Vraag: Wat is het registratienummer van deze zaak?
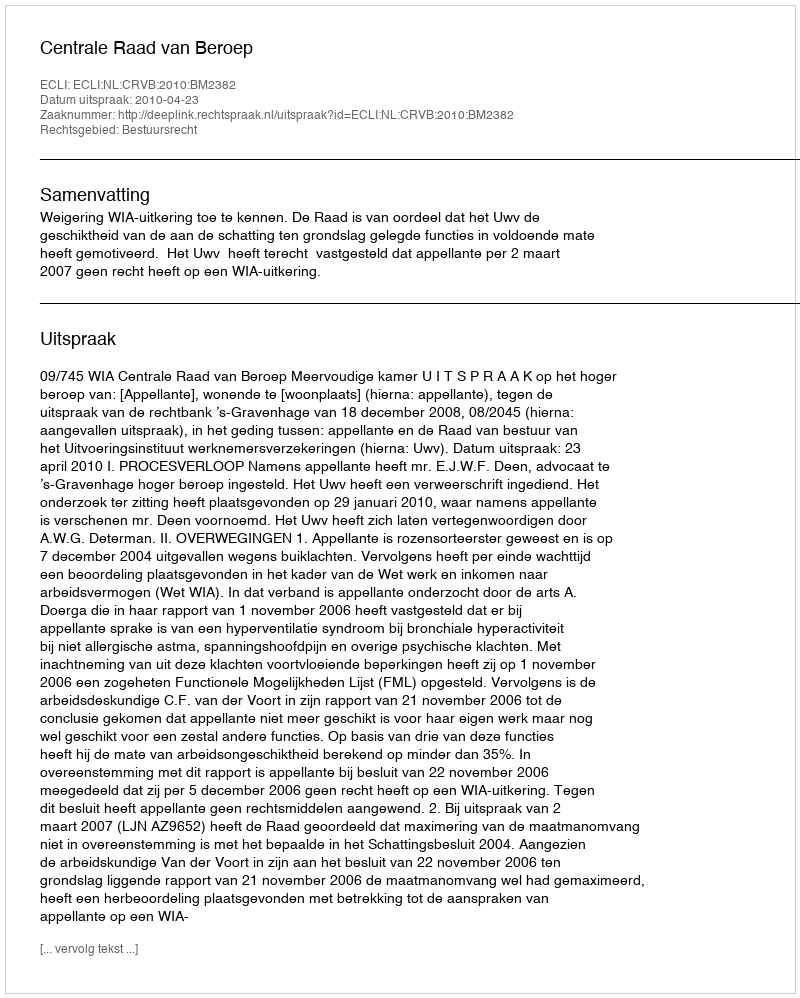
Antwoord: http://deeplink.rechtspraak.nl/uitspraak?id=ECLI:NL:CRVB:2010:BM2382